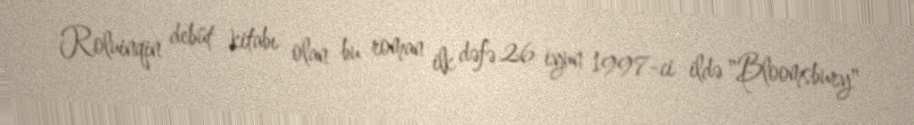
Roluinqin debüt kitabı olan bu roman ilk dəfə 26 iyun 1997-ci ildə "Bloomsbury"